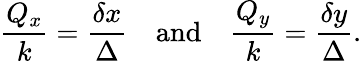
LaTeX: \frac{Q_{x}}{k}=\frac{\delta x}{\Delta}\quad\textrm{and}\quad\frac{Q_{y}}{k}=\frac{\delta y}{\Delta}.